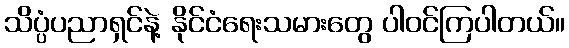
သိပ္ပံပညာရှင်နဲ့ နိုင်ငံရေးသမားတွေ ပါဝင်ကြပါတယ်။